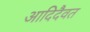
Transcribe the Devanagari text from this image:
आदिदैवत